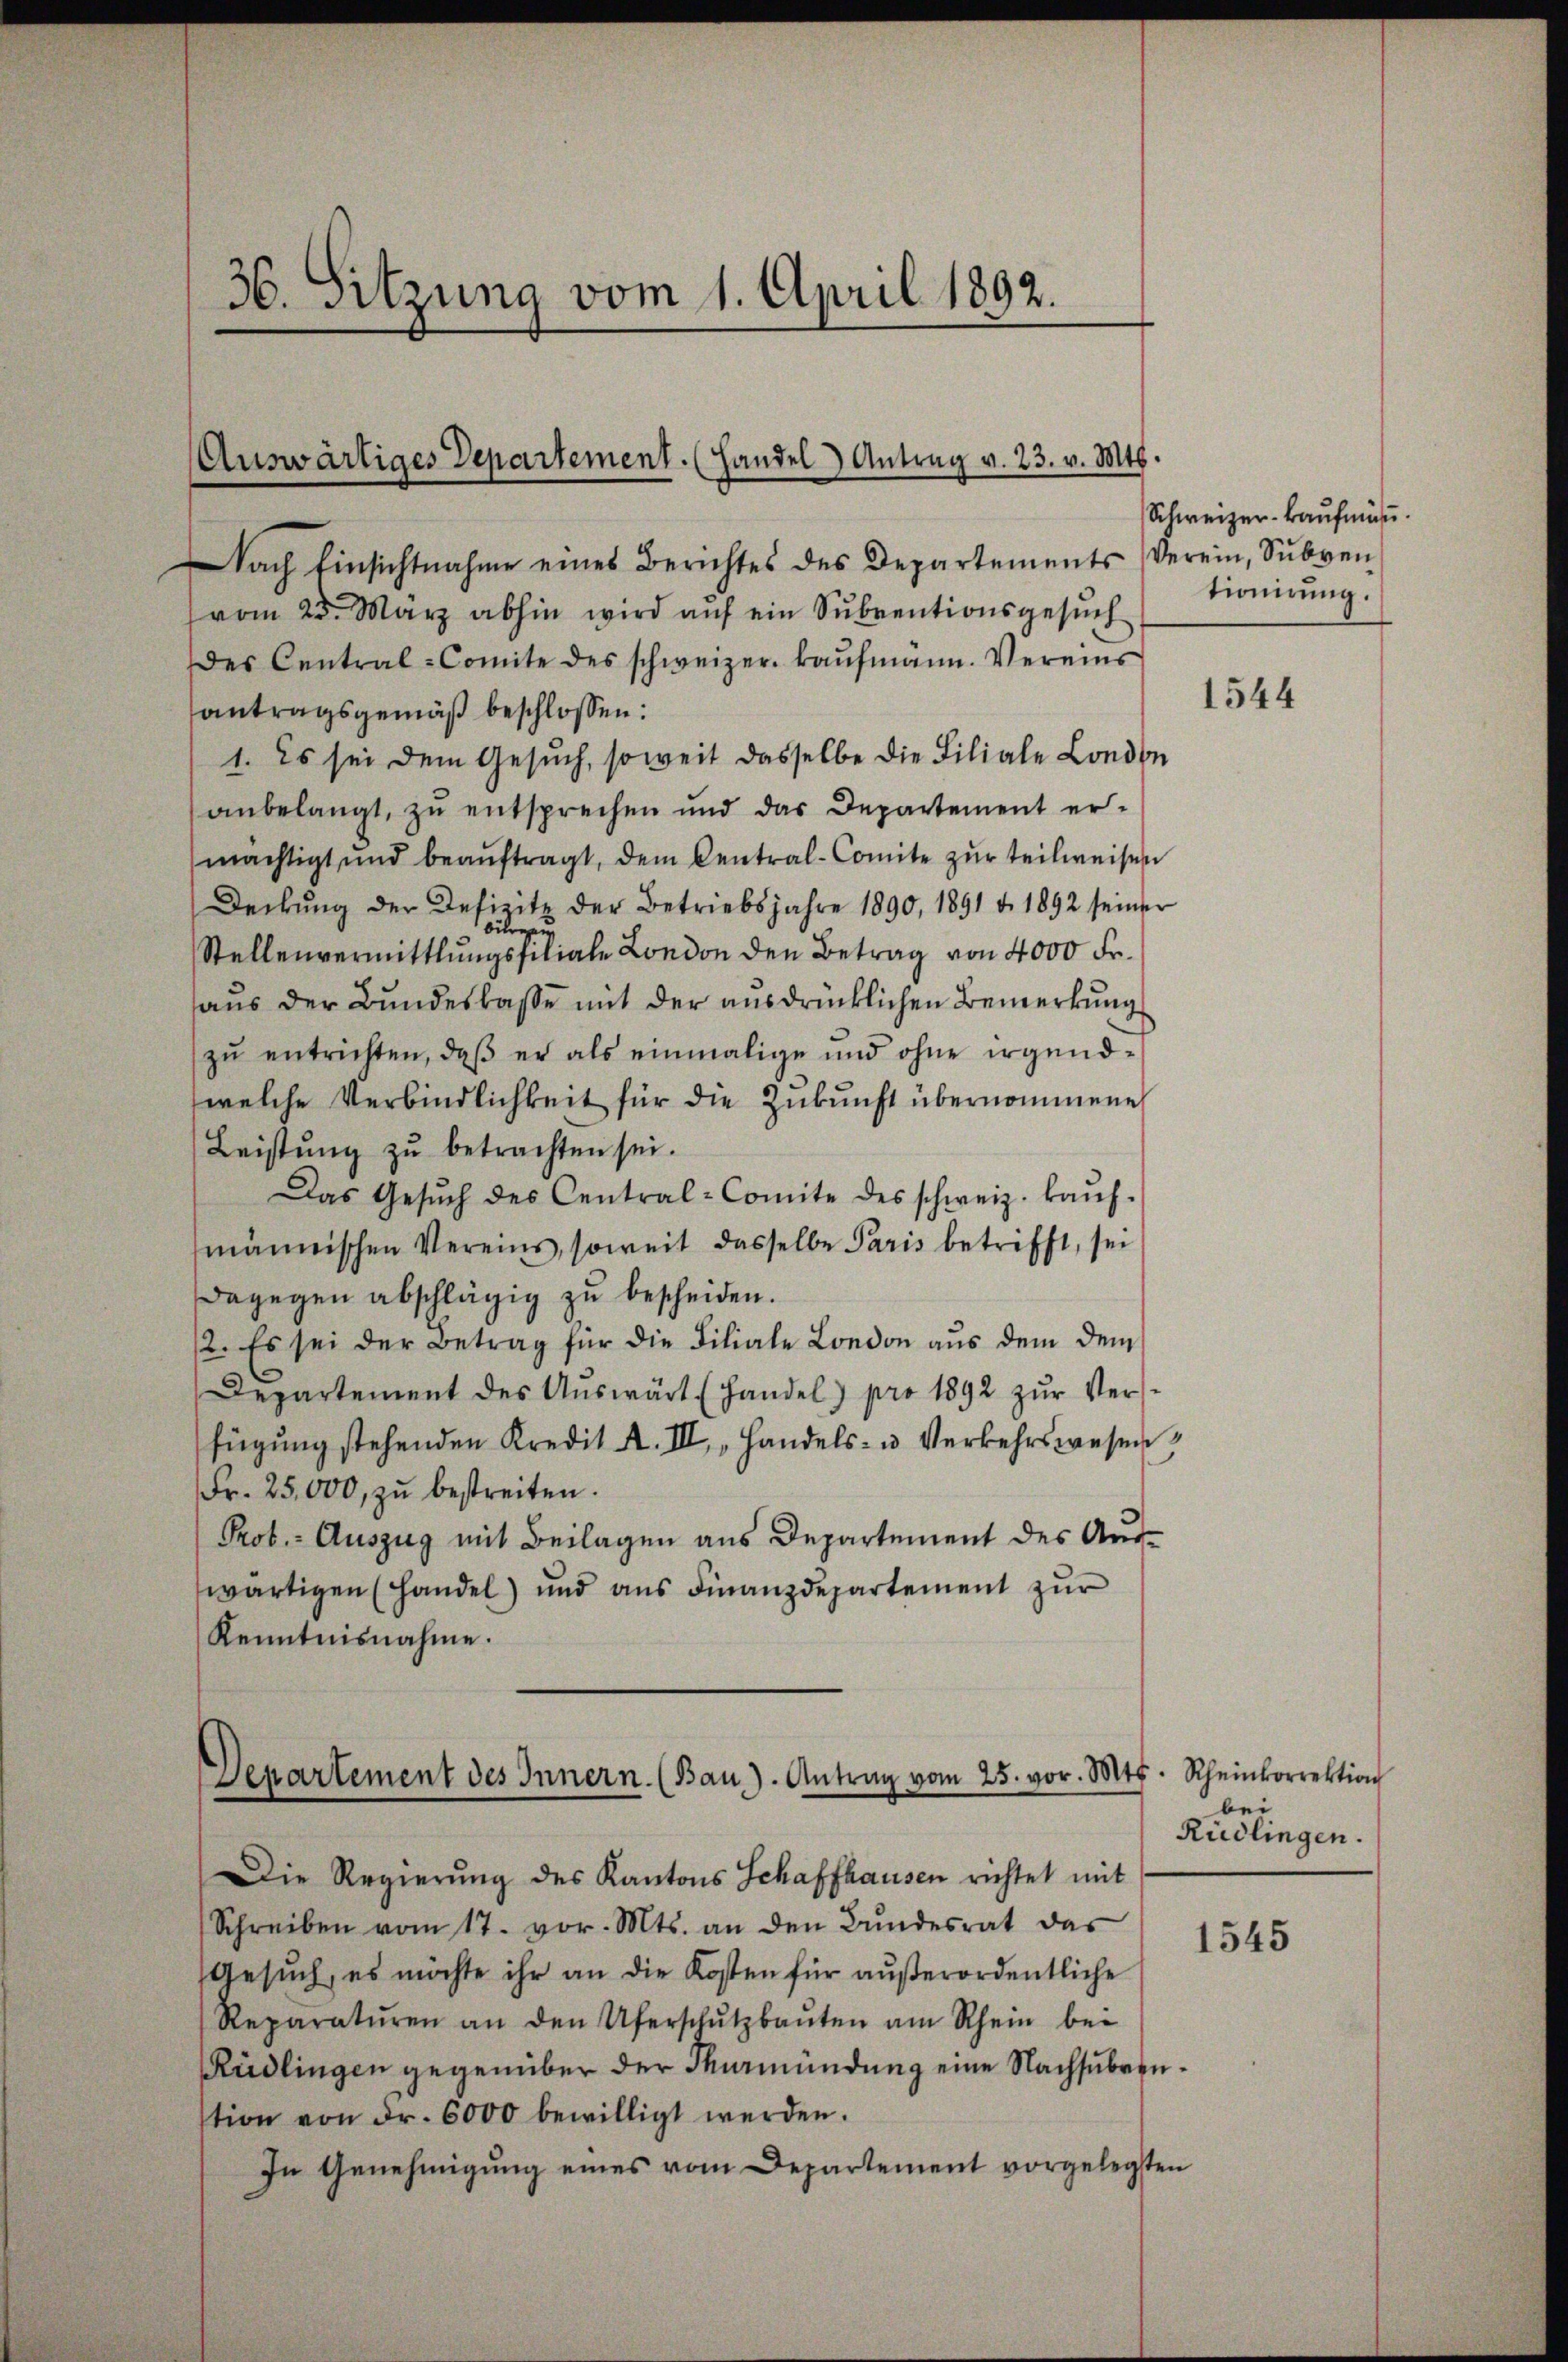
36. Sitzung vom 1. April 1892.

Auswärtiges Departement. (Handel Antrag v. 23. v. Mts.

Nach Einsichtnahme eines Berichtes des Departements
vom 23. März abhin wird auf ein Subventionsgesuch
des Central-Comite des schweizer kaŭfmann. Vereins
antragsgemäß beschlossen:
1. Es sei dem Gesuch, soweit dasselbe die Filiale London
anbelangt, zu entsprechen und das Departement er-
mächtigt und beaŭftragt, dem Central-Comite zŭr teilweisen
Deckŭng der Defizitz der Betriebsjahre 1890, 1891 v. 1892 seiner
birgen
Stellenvermittlungsfiliale London den Betrag von 4000 Fr.
aus der Bundeskasse mit der ausdrücklichen Bemerkung
zŭ entrichten, daβ er als einmalige und ohne irgend-
welche Verbindlichkeit für die Zukunft übernommene
Leistŭng zŭ betrachten sei.
Das Gesŭch des Central-Comite des schweiz. kaŭf-
männischen Vereins, soweit dasselbe Paris betrifft, sei
dagegen abschlägig zu bescheiden.
2. Es sei der Betrag für die Filiale London aus dem dem
Departement des Aŭswärt (Handel) pro 1892 zŭr Ver-
fügŭng stehenden Kredit A. III, „Handels- u. Verkehrswesen
Fr. 25,000 zŭ bestreiten.
Prob.- Auszug mit Beilagen aus Departement des Aus-
wärtigen (Handel) und ans Finanzdepartement zŭr
Kenntnisnahme.

Departement des Innern. (Bau). Antrag vom 25. vor. Mts.

Die Regierung des Kantons Schaffhausen richtet mit
Schreiben vom 17. vor. Mts. an den Bŭndesrat das
Gesŭch, es möchte ihr an die Kosten für aŭβerordentliche
Reparatŭren an den Uferschŭtzbaŭten am Rhein bei
Rüdlingen gegenüber der Murmündung eine Nachsubvention von Fr. 6000 bewilligt werden.
In Genehmigŭng eines vom Departement vorgelegten

Schweizer-Kaufmä
Verein, Subven
tionirung.

1544

Rheinkorrektion
bei
Rüdlingen.

1545